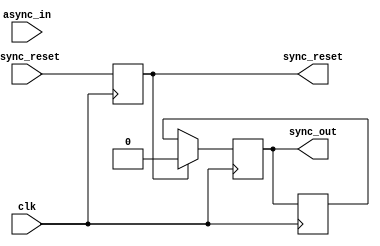
module synchronizer_with_reset (
        input wire clk,
        input wire async_in,
        input wire async_reset,
        output reg sync_out,
        output reg sync_reset
);

reg async_delayed;
reg sync_delayed;

always @(posedge clk) begin
    async_delayed <= async_in;
    sync_delayed <= sync_out;
    sync_reset <= async_reset;
end

always @(posedge clk) begin
    sync_out <= async_delayed;
    if (sync_reset) begin
        sync_out <= 1'b0;
    end else begin
        sync_out <= sync_delayed;
    end
end

endmodule